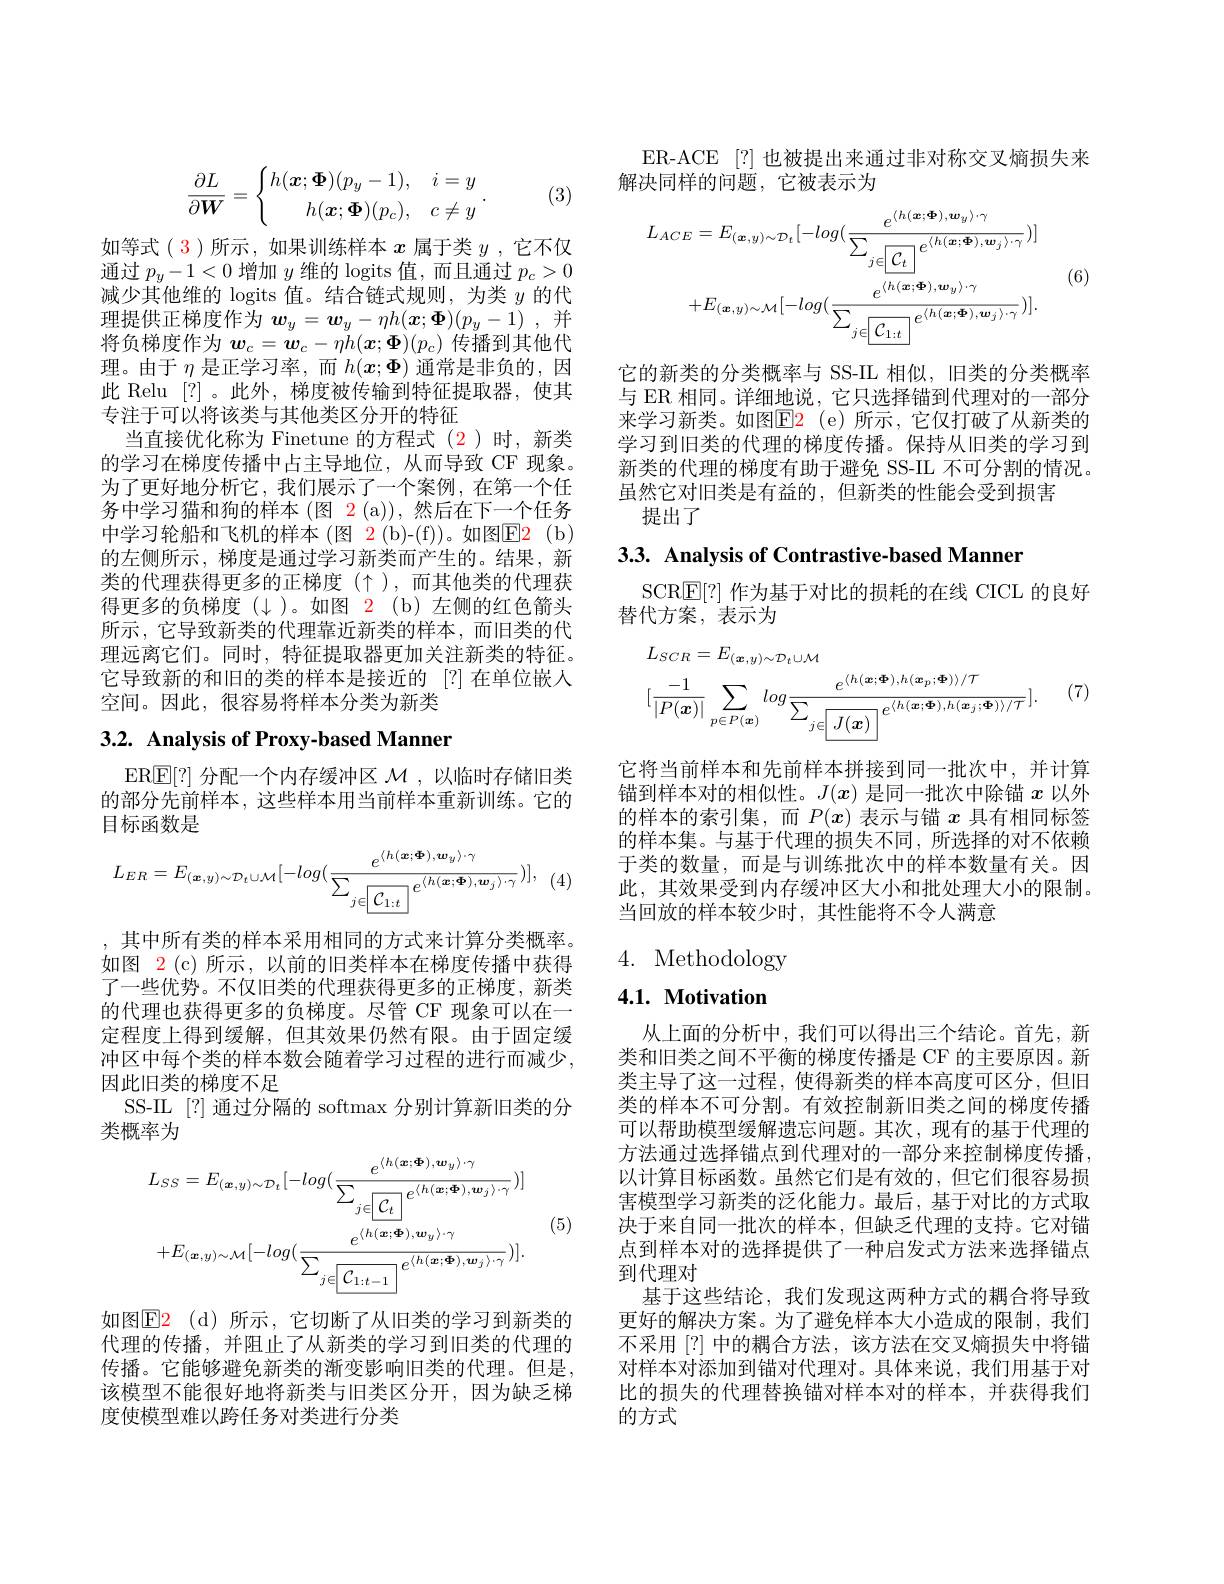
$$\dfrac{\partial L}{\partial\boldsymbol W}=\begin{cases}h(\boldsymbol x;\boldsymbol\Phi)(p_y-1),&i=y\\\quad h(\boldsymbol x;\boldsymbol\Phi)(p_c),&c\neq y\end{cases}.$$
(3)

如等式( 3)所示，如果训练样本$x$属于类$y$ ,它不仅通过$p_y-1<0$增加$y$维的 logits 值，而且通过$p_c>0$ 减少其他维的 logits 值。结合链式规则，为类$y$的代理提供正梯度作为$w_y= \boldsymbol{w}_y- \eta h( \boldsymbol{x}; \boldsymbol{\Phi }) ( p_y- 1)$ ,并将负梯度作为$\boldsymbol w_c=\boldsymbol{w}_c-\eta h(\boldsymbol{x};\boldsymbol{\Phi})(p_c)$传播到其他代理。由于$\eta$是正学习率，而$h(\boldsymbol{x};\boldsymbol{\Phi})$通常是非负的，因此 Relu [?] 。此外，梯度被传输到特征提取器，使其专注于可以将该类与其他类区分开的特征
当直接优化称为 Finetune 的方程式 (2)时，新类的学习在梯度传播中占主导地位，从而导致 CF 现象。为了更好地分析它，我们展示了一个案例，在第一个任务中学习猫和狗的样本 (图 2 (a)),然后在下一个任务中学习轮船和飞机的样本(图 2(b)-(f))。如图E2(b) 的左侧所示，梯度是通过学习新类而产生的。结果，新类的代理获得更多的正梯度($\uparrow),而其他类的代理获$ 得更多的负梯度($\downarrow)。如图 2(b)左侧的红色箭头$ 所示，它导致新类的代理靠近新类的样本，而旧类的代理远离它们。同时，特征提取器更加关注新类的特征。它导致新的和旧的类的样本是接近的 [?]在单位嵌人空间。因此，很容易将样本分类为新类

# 3.2. Analysis of Proxy-based Manner

ER$\overline{\mathbb{E}}[?]$分配一个内存缓冲区$\mathcal{M}$,以临时存储旧类的部分先前样本，这些样本用当前样本重新训练。它的目标函数是
$$L_{ER}=E_{(\boldsymbol{x},y)\sim\mathcal{D}_{t}\cup\mathcal{M}}[-log(\frac{e^{\langle h(\boldsymbol{x};\boldsymbol{\Phi}),\boldsymbol{w}_{y}\rangle\cdot\gamma}}{\sum_{j\in\boxed{\mathcal{C}_{1:t}}}e^{\langle h(\boldsymbol{x};\boldsymbol{\Phi}),\boldsymbol{w}_{j}\rangle\cdot\gamma}})],$$
,其中所有类的样本采用相同的方式来计算分类概率。如图 2(c)所示，以前的旧类样本在梯度传播中获得了一些优势。不仅旧类的代理获得更多的正梯度，新类的代理也获得更多的负梯度。尽管 CF 现象可以在一定程度上得到缓解，但其效果仍然有限。由于固定缓冲区中每个类的样本数会随着学习过程的进行而减少， 因此旧类的梯度不足
SS-IL [?] 通过分隔的 softmax 分别计算新旧类的分
类概率为
$$L_{SS}=E_{(\boldsymbol{x},y)\sim\mathcal{D}_{t}}[-log(\frac{e^{\langle h(\boldsymbol{x};\boldsymbol{\Phi}),\boldsymbol{w}_{y}\rangle\cdot\gamma}}{\sum_{j\in\boxed{\mathcal{C}_{t}}}e^{\langle h(\boldsymbol{x};\boldsymbol{\Phi}),\boldsymbol{w}_{j}\rangle\cdot\gamma}})]\\+E_{(\boldsymbol{x},y)\sim\mathcal{M}}[-log(\frac{e^{\langle h(\boldsymbol{x};\boldsymbol{\Phi}),\boldsymbol{w}_{y}\rangle\cdot\gamma}}{\sum_{j\in\boxed{\mathcal{C}_{1:t-1}}}e^{\langle h(\boldsymbol{x};\boldsymbol{\Phi}),\boldsymbol{w}_{j}\rangle\cdot\gamma}})].$$
(5)

如图E2 (d)所示，它切断了从旧类的学习到新类的代理的传播，并阻止了从新类的学习到旧类的代理的传播。它能够避免新类的渐变影响旧类的代理。但是， 该模型不能很好地将新类与旧类区分开，因为缺乏梯度使模型难以跨任务对类进行分类

ER-ACE[?]也被提出来通过非对称交叉熵损失来
解决同样的问题，它被表示为
$$L_{ACE}=E_{(\boldsymbol{x},y)\sim\mathcal{D}_{t}}[-log(\frac{e^{\langle h(\boldsymbol{x};\boldsymbol{\Phi}),\boldsymbol{w}_{y}\rangle\cdot\gamma}}{\sum_{j\in\boxed{\mathcal{C}_{t}}}e^{\langle h(\boldsymbol{x};\boldsymbol{\Phi}),\boldsymbol{w}_{j}\rangle\cdot\gamma}})]\\+E_{(\boldsymbol{x},y)\sim\mathcal{M}}[-log(\frac{e^{\langle h(\boldsymbol{x};\boldsymbol{\Phi}),\boldsymbol{w}_{y}\rangle\cdot\gamma}}{\sum_{j\in\boxed{\mathcal{C}_{1:t}}}e^{\langle h(\boldsymbol{x};\boldsymbol{\Phi}),\boldsymbol{w}_{j}\rangle\cdot\gamma}})].$$
(6)

它的新类的分类概率与 SS-IL 相似，旧类的分类概率与 ER 相同。详细地说，它只选择锚到代理对的一部分来学习新类。如图$\color{red}{\mathrm{E2}}$(e)所示，它仅打破了从新类的学习到旧类的代理的梯度传播。保持从旧类的学习到新类的代理的梯度有助于避免 SS-IL 不可分割的情况。虽然它对旧类是有益的，但新类的性能会受到损害
提出了

3.3. Analysis of Contrastive-based Manner

SCR$\mathbb{E}|?|$作为基于对比的损耗的在线 CICL 的良好
替代方案，表示为

(7)
$$\begin{aligned}&L_{SCR}=E_{(\boldsymbol{x},y)\sim\mathcal{D}_{t}\cup\mathcal{M}}\\&[\frac{-1}{|P(\boldsymbol{x})|}\sum_{p\in P(\boldsymbol{x})}log\frac{e^{\langle h(\boldsymbol{x};\boldsymbol{\Phi}),h(\boldsymbol{x}_{p};\boldsymbol{\Phi})\rangle/\mathcal{T}}}{\sum_{j\in\boxed{J(\boldsymbol{x})}}e^{\langle h(\boldsymbol{x};\boldsymbol{\Phi}),h(\boldsymbol{x}_{j};\boldsymbol{\Phi})\rangle/\mathcal{T}}}].\end{aligned}$$
它将当前样本和先前样本拼接到同一批次中，并计算锚到样本对的相似性。$J(x)$是同一批次中除锚$x$以外的样本的索引集，而$P(x)$表示与锚$x$具有相同标签的样本集。与基于代理的损失不同，所选择的对不依赖于类的数量，而是与训练批次中的样本数量有关。因此，其效果受到内存缓冲区大小和批处理大小的限制。当回放的样本较少时，其性能将不令人满意

# 4. Methodology

## $4. 1. \textbf{ Motivation}$

从上面的分析中，我们可以得出三个结论。首先，新类和旧类之间不平衡的梯度传播是 CF 的主要原因。新类主导了这一过程，使得新类的样本高度可区分，但旧类的样本不可分割。有效控制新旧类之间的梯度传播可以帮助模型缓解遗忘问题。其次，现有的基于代理的方法通过选择锚点到代理对的一部分来控制梯度传播， 以计算目标函数。虽然它们是有效的，但它们很容易损害模型学习新类的泛化能力。最后，基于对比的方式取决于来自同一批次的样本，但缺乏代理的支持。它对锚点到样本对的选择提供了一种启发式方法来选择锚点到代理对
基于这些结论，我们发现这两种方式的耦合将导致更好的解决方案。为了避免样本大小造成的限制，我们不采用 [?] 中的耦合方法，该方法在交叉熵损失中将锚对样本对添加到锚对代理对。具体来说，我们用基于对比的损失的代理替换锚对样本对的样本，并获得我们的方式